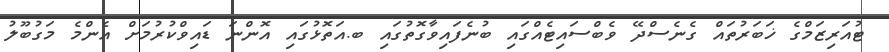
ޓުއަރިޒަމްގެ ޚަބަރުތައް ގެނެސްދޭ ވެބްސައިޓެއްގައި ބުނެފައިވާގޮތުގައި ބ.އަތޮޅުގައި އޮންނަ ޑައިވްކުރުމަށް އެންމެ މަގުބޫލު